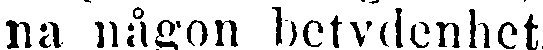
na någon betydenhet.